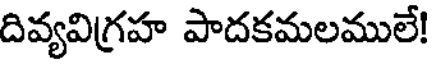
దివ్యవిగ్రహ పాదకమలములే!